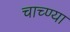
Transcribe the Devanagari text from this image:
चाच्ण्या